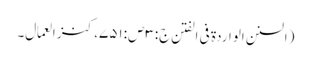
(السنن الواردة فی الفتن ج:۳ص:۷۵۱،کنز العمال۔